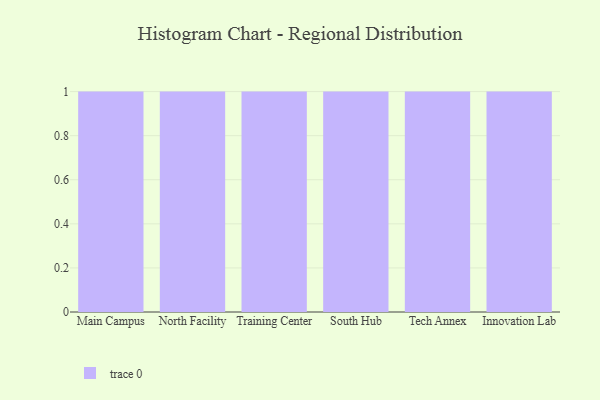
{"axis": {"x": "Campus", "y": "Humidity (%)"}, "legend": [""], "data": [{"x": "Main Campus", "y": 52, "type": ""}, {"x": "North Facility", "y": 22, "type": ""}, {"x": "Training Center", "y": 56, "type": ""}, {"x": "South Hub", "y": 2, "type": ""}, {"x": "Tech Annex", "y": 46, "type": ""}, {"x": "Innovation Lab", "y": 64, "type": ""}]}